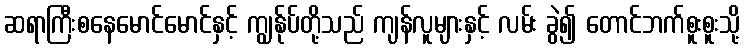
ဆရာကြီးစနေမောင်မောင်နှင့် ကျွန်ုပ်တို့သည် ကျန်လူများနှင့် လမ်း ခွဲ၍ တောင်ဘက်စူးစူးသို့